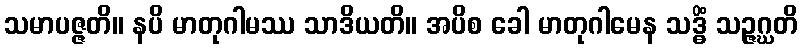
သမာပဇ္ဇတိ။ နပိ မာတုဂါမဿ သာဒိယတိ။ အပိစ ခေါ မာတုဂါမေန သဒ္ဓိံ သဉ္ဇဂ္ဃတိ